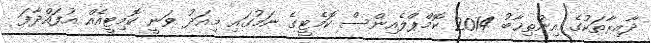
ދާއިރާތަކުގެ އިންތިޚާބު 2014 ކޮމްޕްލެއިންސް ކޮމެޓީގެ ނަމުގައި މިއަދު ވަނީ ކޮމިޓީއެއް އުފައްދާފަ